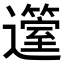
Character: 𨘲